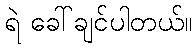
ရဲ ခေါ်ချင်ပါတယ်။